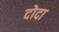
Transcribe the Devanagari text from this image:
दोदा